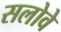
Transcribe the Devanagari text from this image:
सलोवे